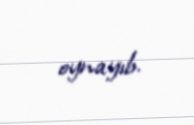
oynayıb.